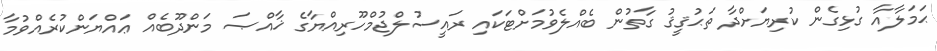
ޙަމަލާއާ ގުޅިގެން ކުރިޔަށްދާ ތަޙުޤީޤު ގާތުން ބެއްލެވުމަށްޓަކައި ރައީސުލްޖުމްހޫރިއްޔާގެ ޚާއްޞަ މަންދޫބެއް ޢައްޔަންކުރެއްވުމާ